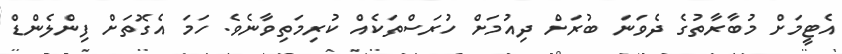
އެޓީމަށް މުބާރާތުގެ ދެވަނަ ބުރަށް ދިއުމަށް ހުރަސްތަކެއް ކުރިމަތިވާނެވެ. ހަމަ އެގޮތަށް ފިންލެންޑް